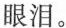
眼泪。